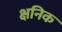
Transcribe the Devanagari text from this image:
क्षनिक